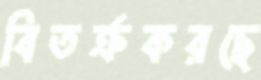
বিতর্ক্রকরছে